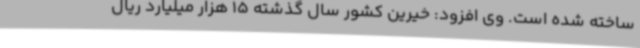
ساخته شده است. وی افزود: خیرین کشور سال گذشته 15 هزار میلیارد ریال